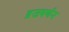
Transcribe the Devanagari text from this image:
व्रजवर्णन